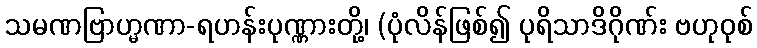
သမဏဗြာဟ္မဏာ-ရဟန်းပုဏ္ဏားတို့၊ (ပုံလိန်ဖြစ်၍ ပုရိသာဒိဂိုဏ်း ဗဟုဝုစ်